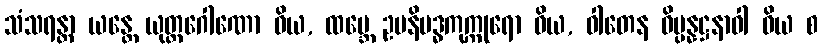
သံသရန္တာ ယန္တေ ယုတ္တဂေါဏော ဝိယ, ထမ္ဘေ ဥပနိဗဒ္ဓကုက္ကုရော ဝိယ, ဝါတေန ဝိပ္ပန္နဋ္ဌနာဝါ ဝိယ စ